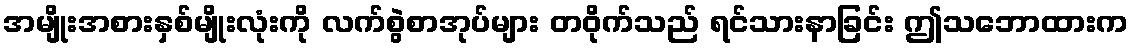
အမျိုးအစားနှစ်မျိုးလုံးကို လက်စွဲစာအုပ်များ တဝိုက်သည် ရင်သားနာခြင်း ဤသဘောထားက